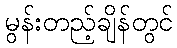
မွန်းတည့်ချိန်တွင်